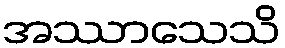
အဿာသေသိ